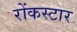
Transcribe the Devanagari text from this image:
रोंकस्टार